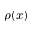
\rho ( x )